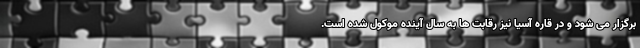
برگزار می شود و در قاره آسیا نیز رقابت ها به سال آینده موکول شده است.